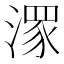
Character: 潈